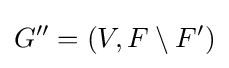
G''=(V,F\setminus F')